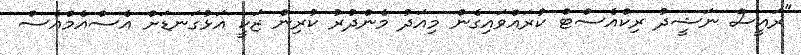
"ރައީސް ނަޝީދު ރިކްއެސްޓް ކުރައްވައިގެން މިއަދު މެންދުރު ކުރިން ޒަކީ އަޅުގަނޑަށް އެސްއެމްއެސް